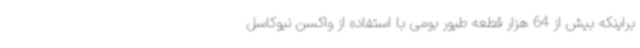
براینکه بیش از 64 هزار قطعه طیور بومی با استفاده از واکسن نیوکاسل